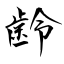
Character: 齢